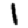
Digit: 1